65_HS1-834228961_62-HQ-83894_Section_1
Agency: FBI
Page 108
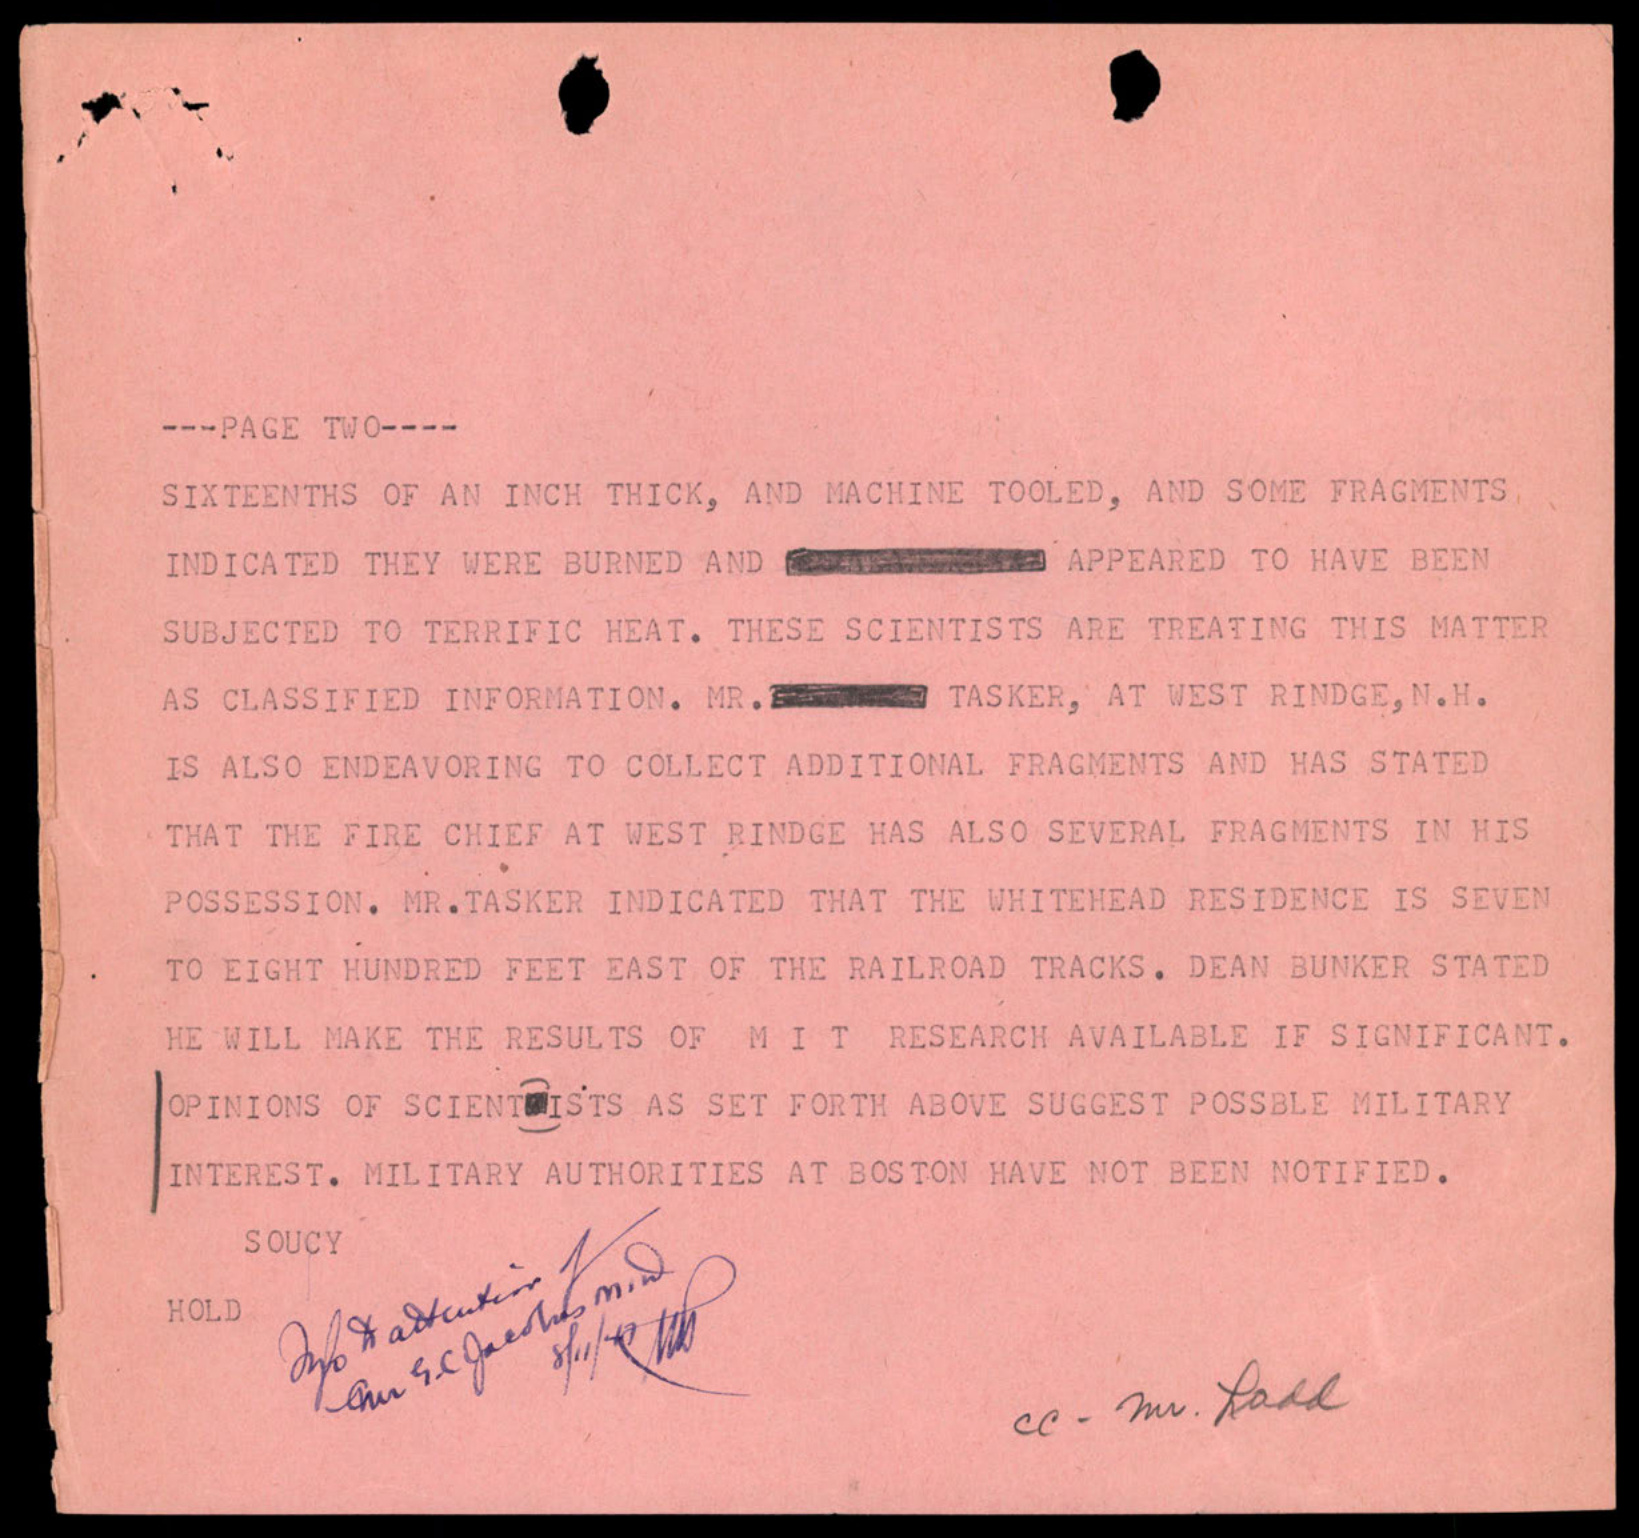